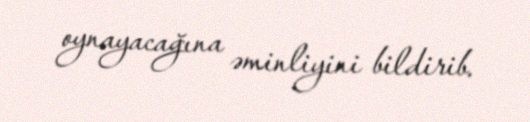
oynayacağına əminliyini bildirib.